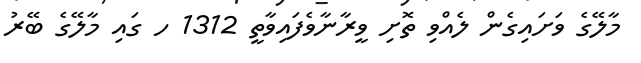
މާލޭގެ ވަށައިގެން ލެއްވި ތޮށި ވީރާނާވެފައިވާތީ 1312 ހ ގައި މާލޭގެ ބޭރު